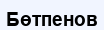
Бөтпенов